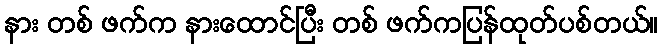
နား တစ် ဖက်က နားထောင်ပြီး တစ် ဖက်ကပြန်ထုတ်ပစ်တယ်။